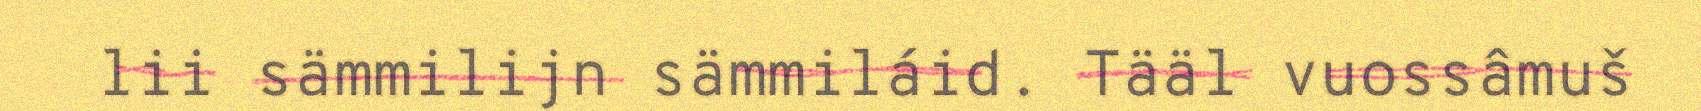
lii sämmilijn sämmiláid. Tääl vuossâmuš